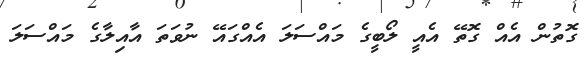
ގޮތުން އެއް ގޮތޭ އެއީ ލޯބީގެ މައްސަލަ އެއްގައޭ ނުވަތަ އާއިލާގެ މައްސަލަ